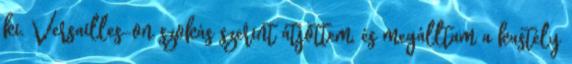
ki. Versailles-on szokás szerint átjöttem, és megálltam a kastély